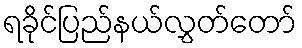
ရခိုင်ပြည်နယ်လွှတ်တော်